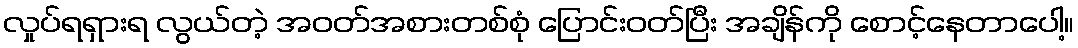
လှုပ်ရရှားရ လွယ်တဲ့ အဝတ်အစားတစ်စုံ ပြောင်းဝတ်ပြီး အချိန်ကို စောင့်နေတာပေါ့။